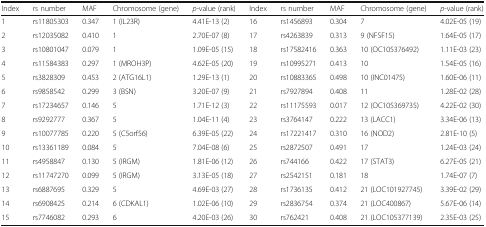
<table><thead><tr><td><b>Index</b></td><td><b>rs number</b></td><td><b>MAF</b></td><td><b>Chromosome (gene)</b></td><td><b><i>p</i>-value (rank)</b></td><td><b>Index</b></td><td><b>rs number</b></td><td><b>MAF</b></td><td><b>Chromosome (gene)</b></td><td><b><i>p</i>-value (rank)</b></td></tr></thead><tbody><tr><td>1</td><td>rs11805303</td><td>0.347</td><td>1 (IL23R)</td><td>4.41E-13 (2)</td><td>16</td><td>rs1456893</td><td>0.304</td><td>7</td><td>4.02E-05 (19)</td></tr><tr><td>2</td><td>rs12035082</td><td>0.410</td><td>1</td><td>2.70E-07 (8)</td><td>17</td><td>rs4263839</td><td>0.313</td><td>9 (NFSF15)</td><td>1.64E-05 (17)</td></tr><tr><td>3</td><td>rs10801047</td><td>0.079</td><td>1</td><td>1.09E-05 (15)</td><td>18</td><td>rs17582416</td><td>0.363</td><td>10 (OC105376492)</td><td>1.11E-03 (23)</td></tr><tr><td>4</td><td>rs11584383</td><td>0.297</td><td>1 (MROH3P)</td><td>4.62E-05 (20)</td><td>19</td><td>rs10995271</td><td>0.413</td><td>10</td><td>1.54E-05 (16)</td></tr><tr><td>5</td><td>rs3828309</td><td>0.453</td><td>2 (ATG16L1)</td><td>1.29E-13 (1)</td><td>20</td><td>rs10883365</td><td>0.498</td><td>10 (INC01475)</td><td>1.60E-06 (11)</td></tr><tr><td>6</td><td>rs9858542</td><td>0.299</td><td>3 (BSN)</td><td>3.20E-07 (9)</td><td>21</td><td>rs7927894</td><td>0.408</td><td>11</td><td>1.28E-02 (28)</td></tr><tr><td>7</td><td>rs17234657</td><td>0.146</td><td>5</td><td>1.71E-12 (3)</td><td>22</td><td>rs11175593</td><td>0.017</td><td>12 (OC105369735)</td><td>4.22E-02 (30)</td></tr><tr><td>8</td><td>rs9292777</td><td>0.367</td><td>5</td><td>1.04E-11 (4)</td><td>23</td><td>rs3764147</td><td>0.222</td><td>13 (LACC1)</td><td>3.34E-06 (13)</td></tr><tr><td>9</td><td>rs10077785</td><td>0.220</td><td>5 (C5orf56)</td><td>6.39E-05 (22)</td><td>24</td><td>rs17221417</td><td>0.310</td><td>16 (NOD2)</td><td>2.81E-10 (5)</td></tr><tr><td>10</td><td>rs13361189</td><td>0.084</td><td>5</td><td>7.04E-08 (6)</td><td>25</td><td>rs2872507</td><td>0.491</td><td>17</td><td>1.24E-03 (24)</td></tr><tr><td>11</td><td>rs4958847</td><td>0.130</td><td>5 (IRGM)</td><td>1.81E-06 (12)</td><td>26</td><td>rs744166</td><td>0.422</td><td>17 (STAT3)</td><td>6.27E-05 (21)</td></tr><tr><td>12</td><td>rs11747270</td><td>0.099</td><td>5 (IRGM)</td><td>3.13E-05 (18)</td><td>27</td><td>rs2542151</td><td>0.181</td><td>18</td><td>1.74E-07 (7)</td></tr><tr><td>13</td><td>rs6887695</td><td>0.329</td><td>5</td><td>4.69E-03 (27)</td><td>28</td><td>rs1736135</td><td>0.412</td><td>21 (LOC101927745)</td><td>3.39E-02 (29)</td></tr><tr><td>14</td><td>rs6908425</td><td>0.214</td><td>6 (CDKAL1)</td><td>1.02E-06 (10)</td><td>29</td><td>rs2836754</td><td>0.374</td><td>21 (LOC400867)</td><td>5.67E-06 (14)</td></tr><tr><td>15</td><td>rs7746082</td><td>0.293</td><td>6</td><td>4.20E-03 (26)</td><td>30</td><td>rs762421</td><td>0.408</td><td>21 (LOC105377139)</td><td>2.35E-03 (25)</td></tr></tbody></table>